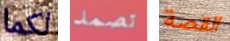
لكما تصمد القصة